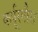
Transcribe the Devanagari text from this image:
कर्पूरगौरा